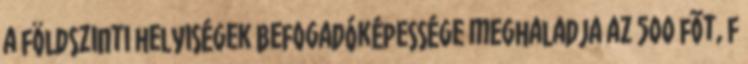
a földszinti helyiségek befogadóképessége meghaladja az 500 fõt, f